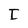
Character: I